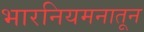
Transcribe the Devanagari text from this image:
भारनियमनातून